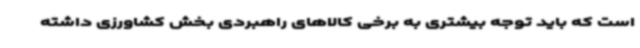
است که باید توجه بیشتری به برخی کالاهای راهبردی بخش کشاورزی داشته